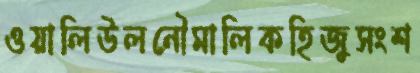
ওয়ালিউলনৌমালিকহিজুসংশ